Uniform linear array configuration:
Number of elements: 8
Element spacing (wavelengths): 0.5
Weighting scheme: binomial
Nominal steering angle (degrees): -30
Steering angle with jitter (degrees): -30.485
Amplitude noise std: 0.05
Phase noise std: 0.05

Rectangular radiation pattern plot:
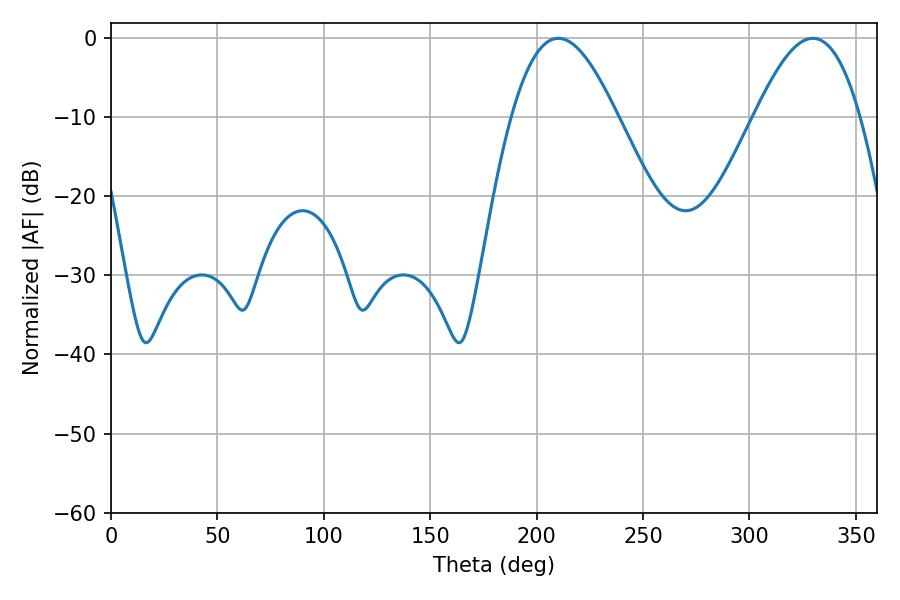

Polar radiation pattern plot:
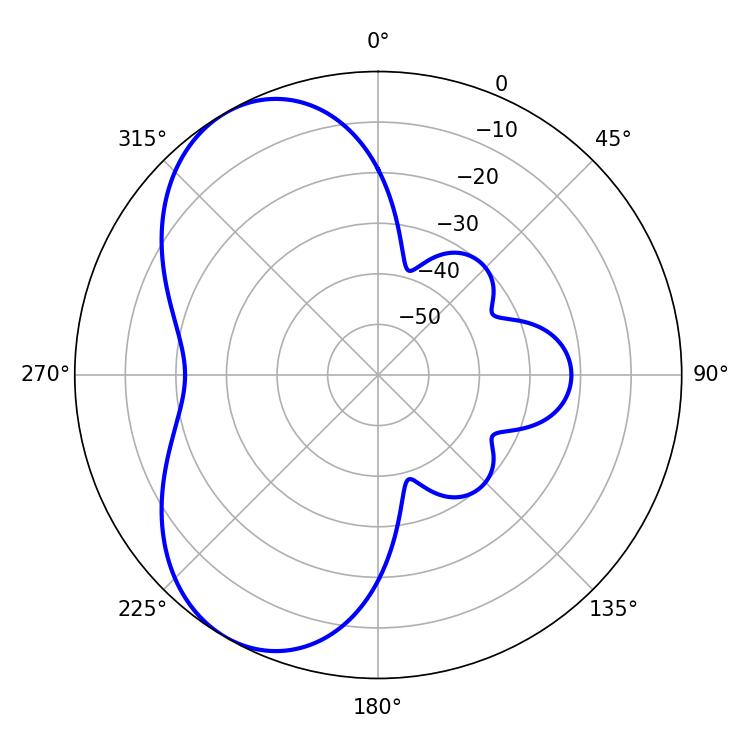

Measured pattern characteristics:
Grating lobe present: FALSE
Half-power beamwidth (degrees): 26.82
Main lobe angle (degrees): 210.24